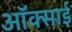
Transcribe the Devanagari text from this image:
ऑक्साई